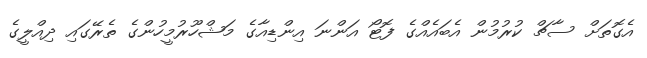
އެގޮތަށް ސާޗް ކުރުމުން އެބައެއްގެ ފޮޓޯ އަންނަ އިންޑިއާގެ މަޝްހޫރުމީހުންގެ ތެރޭގައި ދިއްލީގެ